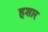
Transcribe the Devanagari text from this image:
हूशार